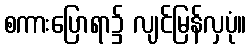
စကားပြောရာ၌ လျင်မြန်လှပုံ။